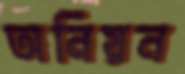
অনিয়ন